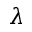
\lambda